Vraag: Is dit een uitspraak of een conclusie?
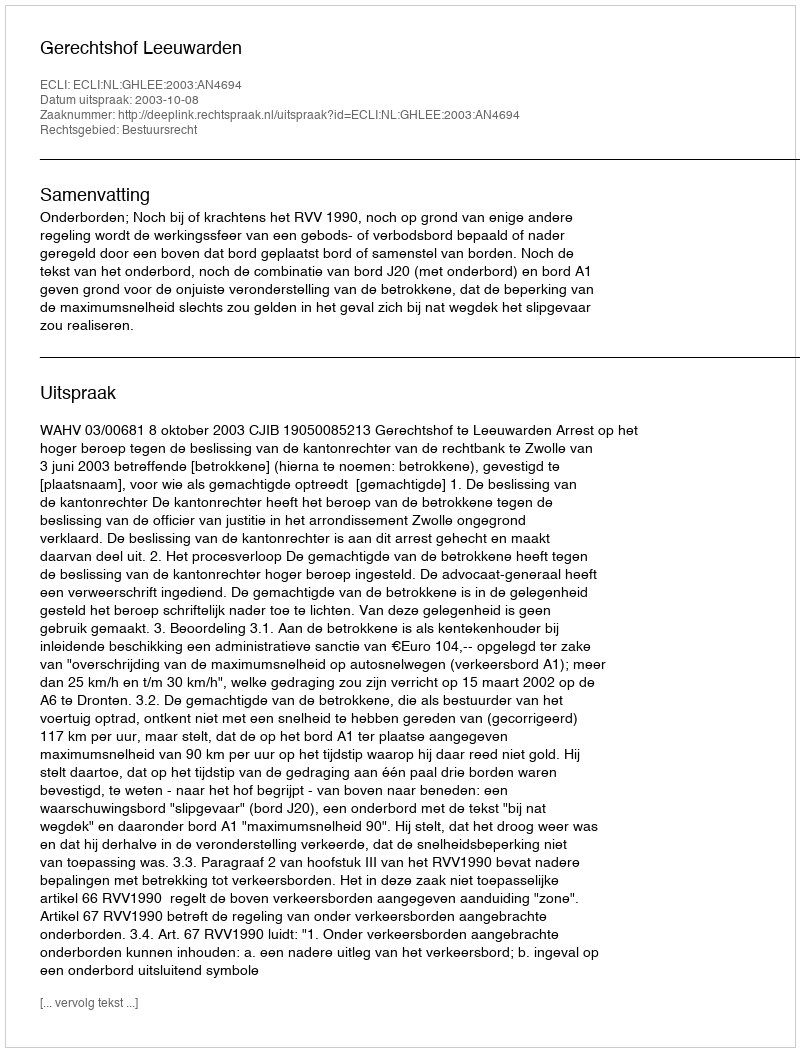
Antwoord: Uitspraak